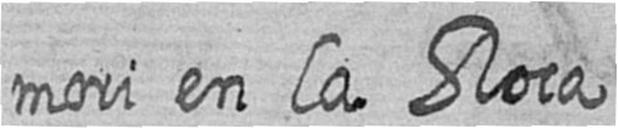
mori en la Roca